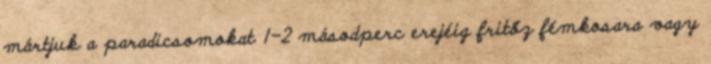
mártjuk a paradicsomokat 1-2 másodperc erejéig fritőz fémkosara vagy